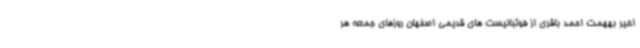
اخیر بههمت احمد باقری از فوتبالیست های قدیمی اصفهان روزهای جمعه هر